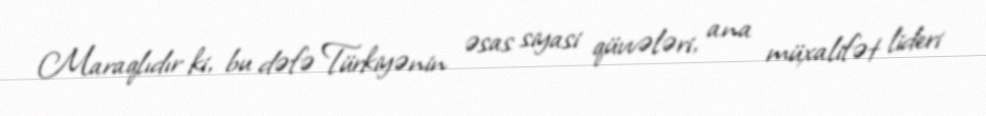
Maraqlıdır ki, bu dəfə Türkiyənin əsas siyasi qüvvələri, ana müxalifət lideri